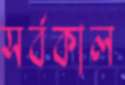
সর্বকাল